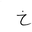
Letter: _kha